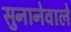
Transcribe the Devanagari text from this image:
सुनानेवाले